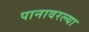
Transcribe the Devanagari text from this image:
पानावरल्या